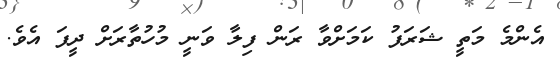
އެންމެ މަތީ ޝަރަފު ކަމަށްވާ ރަން ފިލާ ވަނީ މުހުތާރަށް ދީފަ އެވެ.